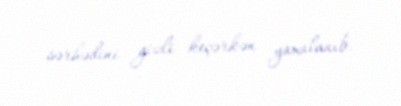
sərhədini gizli keçərkən yaxalanıb.